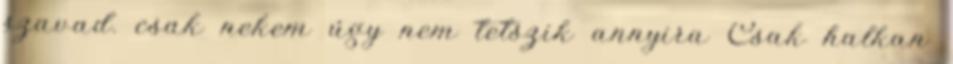
szavad. csak nekem úgy nem tetszik annyira Csak halkan